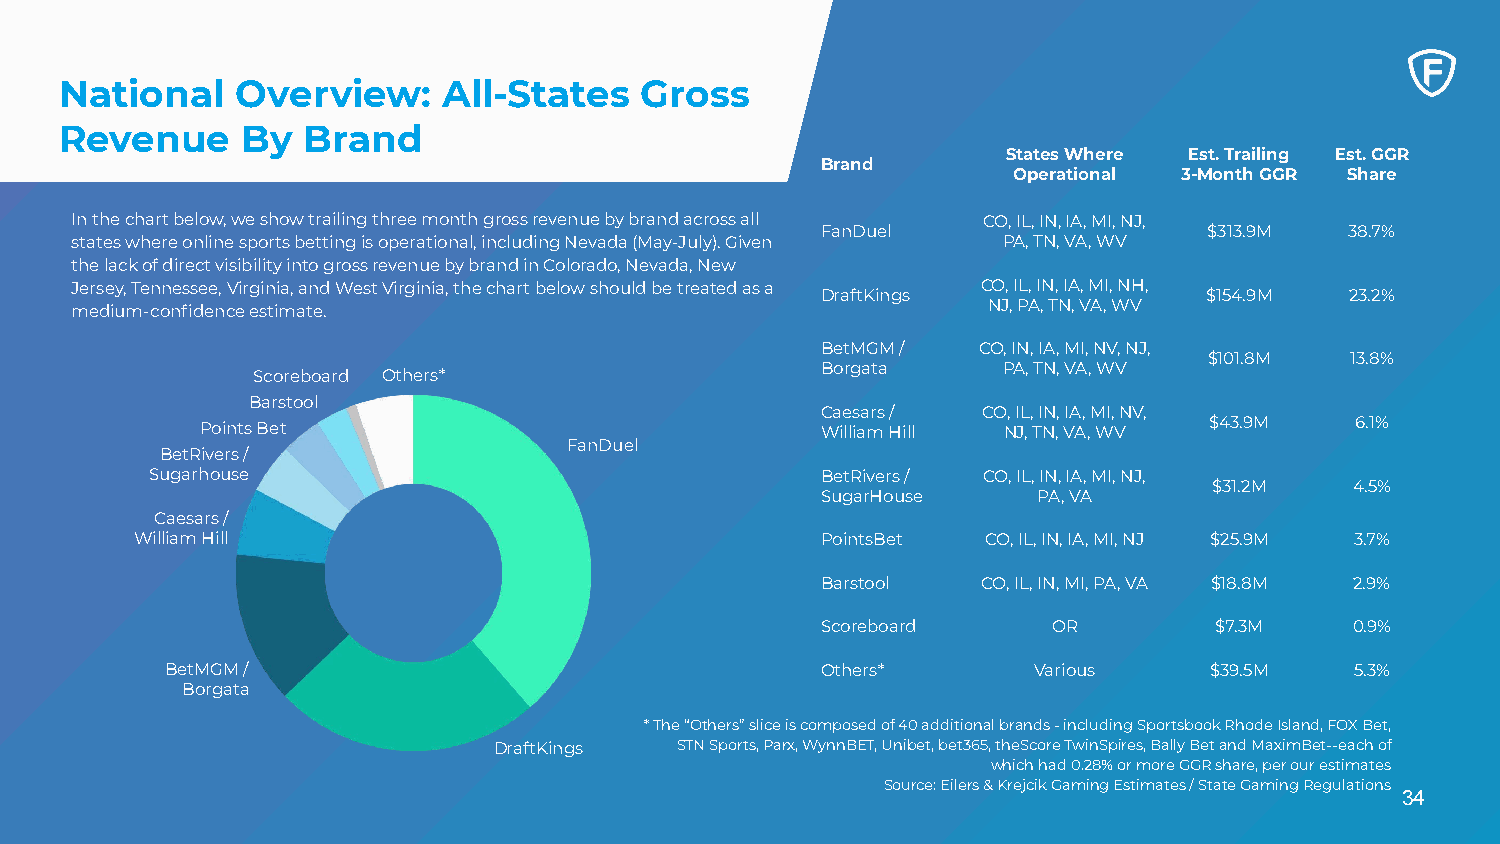
National    Overview:    All-States   Gross
 Revenue     By  Brand
 States Where Est. Trailing Est. GGR
 Brand
 Operational 3-Month GGR Share
 In the chart below, we show trailing three month gross revenue by brand across all CO, IL, IN, IA, MI, NJ,
 FanDuel                   $313.9M  38.7%
 states where online sports betting is operational, including Nevada (May-July). Given PA, TN, VA, WV
 the lack of direct visibility into gross revenue by brand in Colorado, Nevada, New
 Jersey, Tennessee, Virginia, and West Virginia, the chart below should be treated as a CO, IL, IN, IA, MI, NH,
 DraftKings                $154.9M  23.2%
 medium-confidence estimate.                                 NJ, PA, TN, VA, WV
 BetMGM /   CO, IN, IA, MI, NV, NJ,
 $101.8M  13.8%
 Borgata     PA, TN, VA, WV
 Scoreboard Others*
 Barstool
 Caesars /  CO, IL, IN, IA, MI, NV,
 Points Bet                               William Hill NJ, TN, VA, WV $43.9M  6.1%
 FanDuel
 BetRivers /
 Sugarhouse                                  BetRivers / CO, IL, IN, IA, MI, NJ,
 $31.2M    4.5%
 SugarHouse     PA, VA
 Caesars /
 William Hill                                 PointsBet  CO, IL, IN, IA, MI, NJ $25.9M 3.7%
 Barstool   CO, IL, IN, MI, PA, VA $18.8M 2.9%
 Scoreboard      OR        $7.3M     0.9%
 BetMGM /                                   Others*       Various     $39.5M    5.3%
 Borgata
 * The “Others” slice is composed of 40 additional brands - including Sportsbook Rhode Island, FOX Bet,
 DraftKings  STN Sports, Parx, WynnBET, Unibet, bet365, theScore TwinSpires, Bally Bet and MaximBet--each of
 which had 0.28% or more GGR share, per our estimates
 Source: Eilers & Krejcik Gaming Estimates / State Gaming Regulations
 34